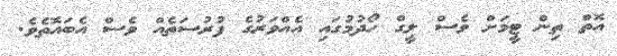
އޮތް ތިން ޓީމަށް ވެސް ލީގް ހޯދުމުގައި އެއްވަރުގެ ފުރުސަތެއް ވެސް އެބައޮތެވެ.